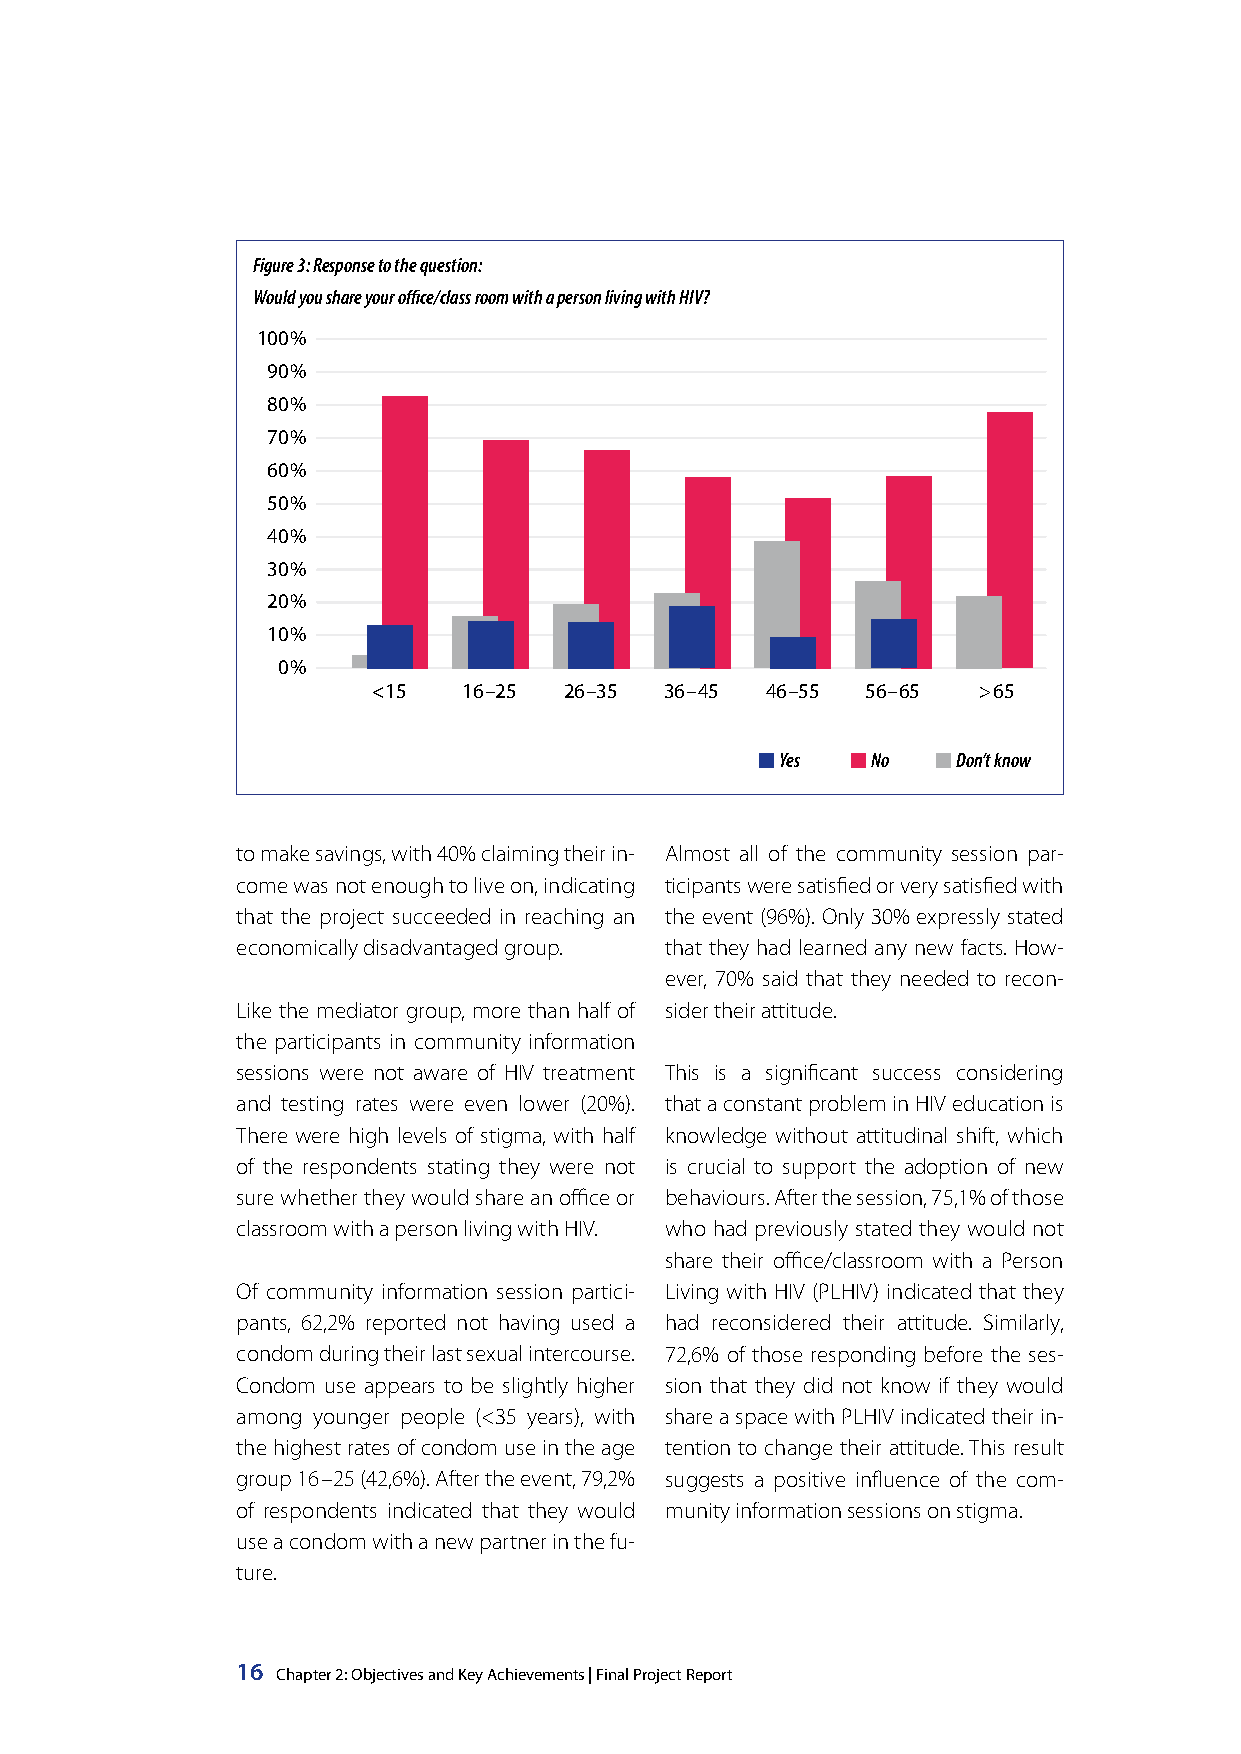
Figure 3: Response to the question:
 Would you share your office/class room with a person living with HIV?
 100%
 90%
 80%
 70%
 60%
 50%
 40%
 30%
 20%
 10%
 0%
 <15   16–25 26–35  36–45  46–55 56–65   >65
 Yes   No   Don’t know
 to make savings, with 40% claiming their in- Almost all of the community session par-
 come was not enough to live on, indicating ticipants were satisfied or very satisfied with
 that the project succeeded in reaching an the event (96%). Only 30% expressly stated
 economically disadvantaged group. that they had learned any new facts. How-
 ever, 70% said that they needed to recon-
 Like the mediator group, more than half of sider their attitude.
 the participants in community information
 sessions were not aware of HIV treatment This is a significant success considering
 and testing rates were even lower (20%). that a constant problem in HIV education is
 There were high levels of stigma, with half knowledge without attitudinal shift, which
 of the respondents stating they were not is crucial to support the adoption of new
 sure whether they would share an office or behaviours. After the session, 75,1% of those
 classroom with a person living with HIV. who had previously stated they would not
 share their office/classroom with a Person
 Of community information session partici- Living with HIV (PLHIV) indicated that they
 pants, 62,2% reported not having used a had reconsidered their attitude. Similarly,
 condom during their last sexual intercourse. 72,6% of those responding before the ses-
 Condom use appears to be slightly higher sion that they did not know if they would
 among younger people (<35 years), with share a space with PLHIV indicated their in-
 the highest rates of condom use in the age tention to change their attitude. This result
 group 16–25 (42,6%). After the event, 79,2% suggests a positive influence of the com-
 of respondents indicated that they would munity information sessions on stigma.
 use a condom with a new partner in the fu-
 ture.
 16 Chapter 2: Objectives and Key Achievements | Final Project Report